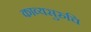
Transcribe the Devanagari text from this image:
काव्यसुरुचि